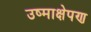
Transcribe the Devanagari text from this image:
उष्माक्षेपण